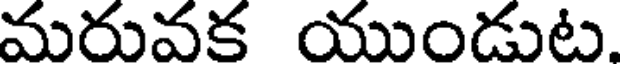
మరువక యుండుట.